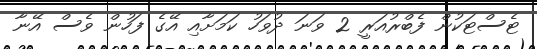
ޓެސްޓަކުން ފެބްރުއަރީ 2 ވަނަ ދުވަހު ކަމަށާއި އޭގެ ފަހުން ވެސް އޭނާ